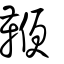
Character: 鞭